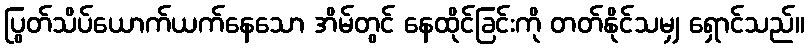
ပြွတ်သိပ်ယောက်ယက်နေသော အိမ်တွင် နေထိုင်ခြင်းကို တတ်နိုင်သမျှ ရှောင်သည်။